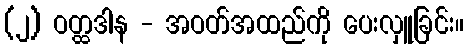
(၂) ဝတ္ထဒါန - အဝတ်အထည်ကို ပေးလှူခြင်း။